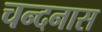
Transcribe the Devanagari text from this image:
चन्दनास